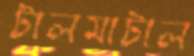
টালমাটাল